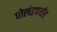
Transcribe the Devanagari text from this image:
पोलंडपर्यंत